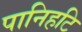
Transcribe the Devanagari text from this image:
पानिहटि